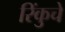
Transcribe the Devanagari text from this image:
रिंकुचे